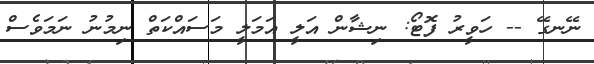
ނޭނގޭ -- ހަވީރު ފޮޓޯ: ނިޝާން އަލީ އަމަލީ މަސައްކަތް ނިމުނު ނަމަވެސް